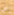
لن